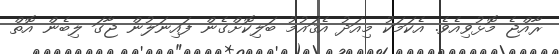
ރާއްޖެ މޮޅުވިއެވެ. އެކަމަކު މިއަދު އެޤައުމު ބަލިކޮށްގެން ފައިނަލުން ޖާގަ ލިބެން އޮތް